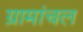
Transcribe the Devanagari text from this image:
ग्रामांचल